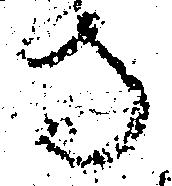
寺